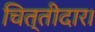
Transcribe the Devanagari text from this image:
चित्तीदार।